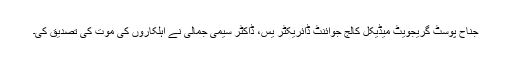
جناح پوسٹ گریجویٹ میڈیکل کالج جوائنٹ ڈائریکٹر یس، ڈاکٹر سیمی جمالی نے اہلکاروں کی موت کی تصدیق کی۔